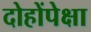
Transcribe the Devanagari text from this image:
दोहोंपेक्षा